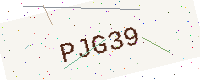
Text: PJG39